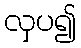
လှပ၍